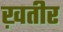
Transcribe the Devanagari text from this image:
ख़तीर